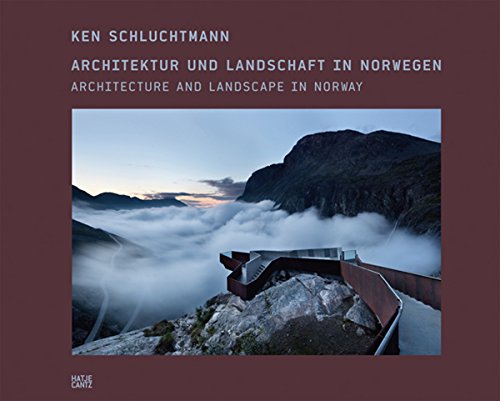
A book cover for Ken Schluchtmann: Architecture and Landscape in Norway; Jan Andresen; Travel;